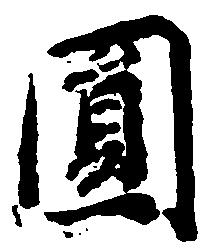
円